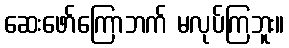
ဆေးဖော်ကြောဘက် မလုပ်ကြဘူး။